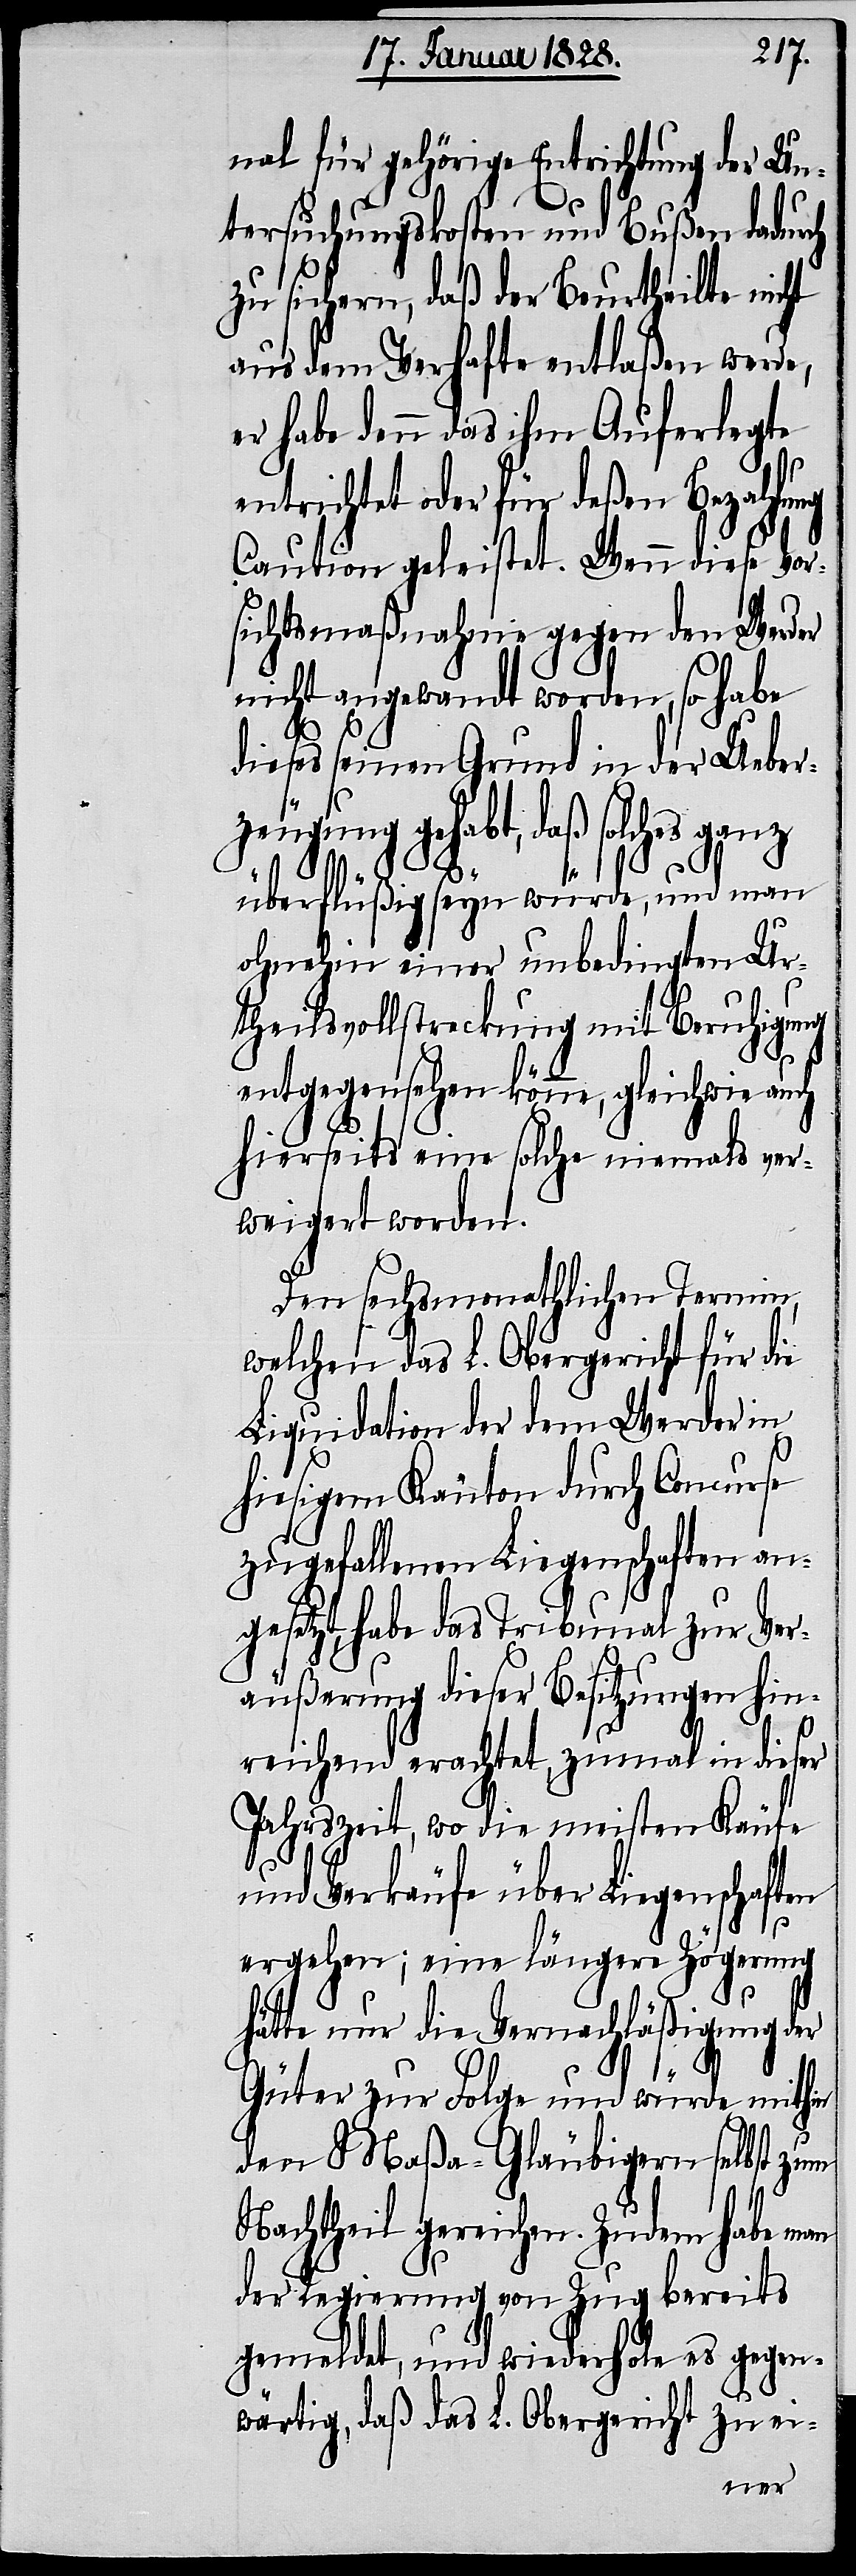
nal für gehörige Entrichtung der Un¬
tersuchungskosten und Bußen dadurch
zu sichern, daß der Beurtheilte nicht
aus dem Verhafte entlaßen werde,
es habe denn das ihm Auferlegte
entrichtet oder für deßen Bezahlung
Caution geleistet. Wenn diese Vor¬
sichtsmaßnahme gegen den Werder
nicht angewandt worden, so habe
dieses seinen Grund in der Ueber¬
zeugung gehabt, daß solches
überflüßig seyn würde, und man
ohnehin einer unbedingten Ur¬
theilsvollstreckung mit Beruhigung
entgegensehen könne, gleichwie auch
hierseits eine solche niemals ver¬
weigert worden.
Den sechsmonathlichen Termin,
welchen das L. Obergericht für die
Liquidation der dem Werder in
hiesigem Kanton durch Concurse
zugefallenen Liegenschaften an¬
gesetzt, habe das Tribunal zur Ver¬
äußerung dieser Besitzungen hin¬
reichend erachtet, zumal in dieser
Jahrszeit, wo die meisten Käufe
und Verkäufe über Liegenschaften
ergehen; eine längere Zögerung
hätte nur die Vernachläßigung der
Güter zur Folge und würde mithin
den Maßa-Gläubigern selbst zum
Nachtheil gereichen. Zudem habe man
der Regierung von Zug bereits
gemeldet, und wiederhole es gegen¬
wärtig, daß das L. Obergericht zu ei-